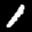
Label: 1